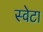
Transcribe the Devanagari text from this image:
स्वेटा